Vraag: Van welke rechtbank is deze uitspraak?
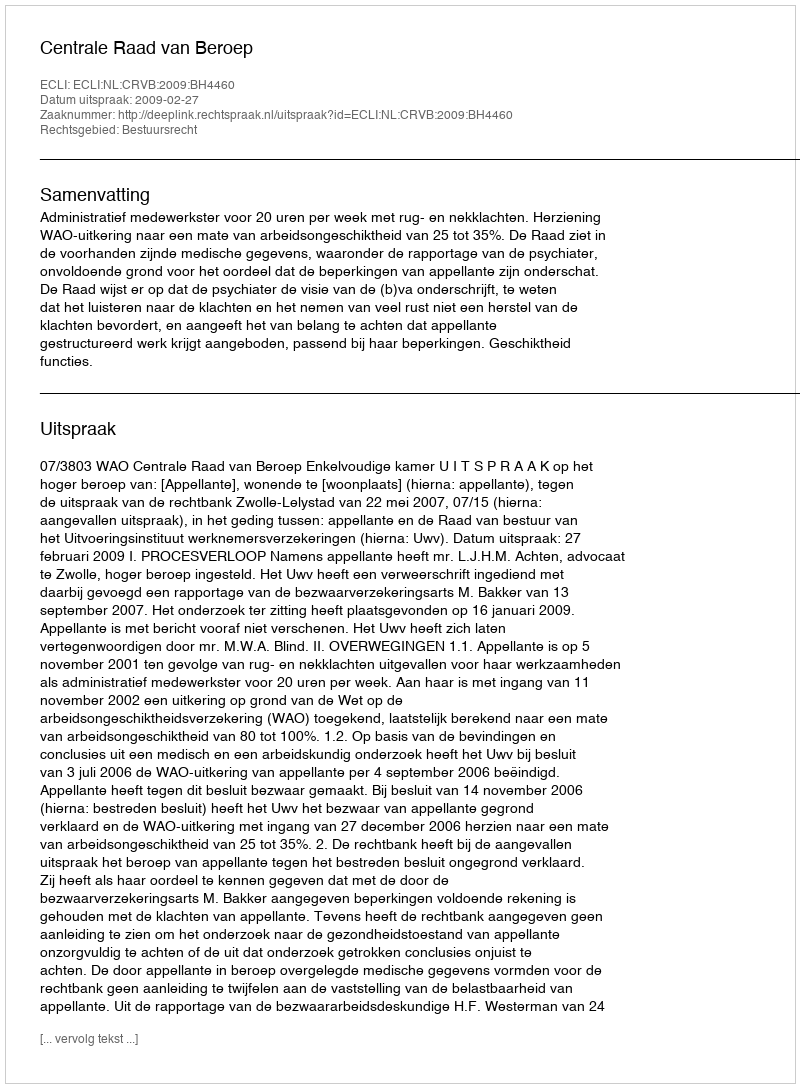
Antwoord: Centrale Raad van Beroep